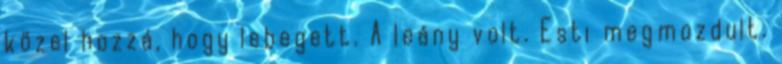
közel hozzá, hogy lebegett. A leány volt. Esti megmozdult.